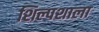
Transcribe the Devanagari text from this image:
शिल्पशाला